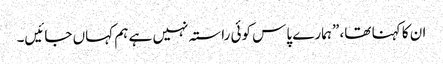
ان کا کہنا تھا، ”ہمارے پاس کوئی راستہ نہیں ہے ہم کہاں جائیں۔